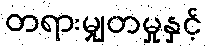
တရားမျှတမှုနှင့်